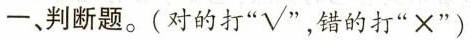
一、判断题。(对的打“√”错的打”×”)